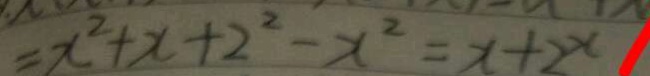
= x ^ { 2 } + x + 2 ^ { 2 } - x ^ { 2 } = x + 2 ^ { x }